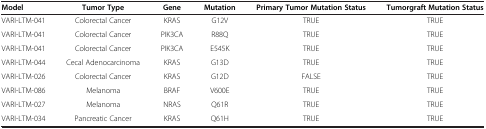
<table><thead><tr><td><b>Model</b></td><td><b>Tumor Type</b></td><td><b>Gene</b></td><td><b>Mutation</b></td><td><b>Primary Tumor Mutation Status</b></td><td><b>Tumorgraft Mutation Status</b></td></tr></thead><tbody><tr><td>VARI-LTM-041</td><td>Colorectal Cancer</td><td>KRAS</td><td>G12V</td><td>TRUE</td><td>TRUE</td></tr><tr><td>VARI-LTM-041</td><td>Colorectal Cancer</td><td>PIK3CA</td><td>R88Q</td><td>TRUE</td><td>TRUE</td></tr><tr><td>VARI-LTM-041</td><td>Colorectal Cancer</td><td>PIK3CA</td><td>E545K</td><td>TRUE</td><td>TRUE</td></tr><tr><td>VARI-LTM-044</td><td>Cecal Adenocarcinoma</td><td>KRAS</td><td>G13D</td><td>TRUE</td><td>TRUE</td></tr><tr><td>VARI-LTM-026</td><td>Colorectal Cancer</td><td>KRAS</td><td>G12D</td><td>FALSE</td><td>TRUE</td></tr><tr><td>VARI-LTM-086</td><td>Melanoma</td><td>BRAF</td><td>V600E</td><td>TRUE</td><td>TRUE</td></tr><tr><td>VARI-LTM-027</td><td>Melanoma</td><td>NRAS</td><td>Q61R</td><td>TRUE</td><td>TRUE</td></tr><tr><td>VARI-LTM-034</td><td>Pancreatic Cancer</td><td>KRAS</td><td>Q61H</td><td>TRUE</td><td>TRUE</td></tr></tbody></table>